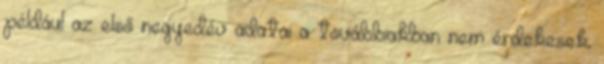
például az első negyedév adatai a továbbiakban nem érdekesek,